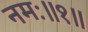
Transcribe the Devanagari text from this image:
नमः॥१॥